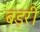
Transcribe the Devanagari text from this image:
बड़री